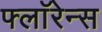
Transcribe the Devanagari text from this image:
फ्लाॅरेन्स